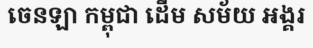
ចេនឡា កម្ពុជា ដើម សម័យ អង្គរ